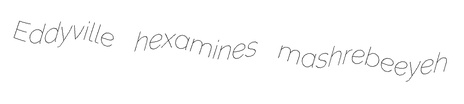
Eddyville hexamines mashrebeeyeh